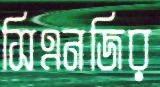
সিএনজির